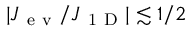
| J _ { \mathrm { ~ e ~ v ~ } } / J _ { \mathrm { ~ 1 ~ D ~ } } | \lesssim 1 / 2